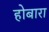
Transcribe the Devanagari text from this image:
होबारा